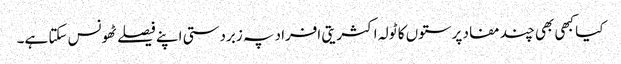
کیا کبھی بھی چند مفاد پرستوں کا ٹولہ اکثریتی افراد پہ زبردستی اپنے فیصلے ٹھونس سکتا ہے۔